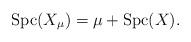
LaTeX: \begin{align*}\mbox{Spc}(X_{\mu})=\mu+\mbox{Spc}(X).\end{align*}